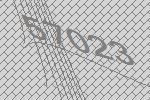
57023